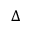
\Delta